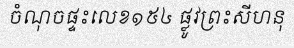
ចំណុចផ្ទះលេខ១៥៤ ផ្លូវព្រះសីហនុ